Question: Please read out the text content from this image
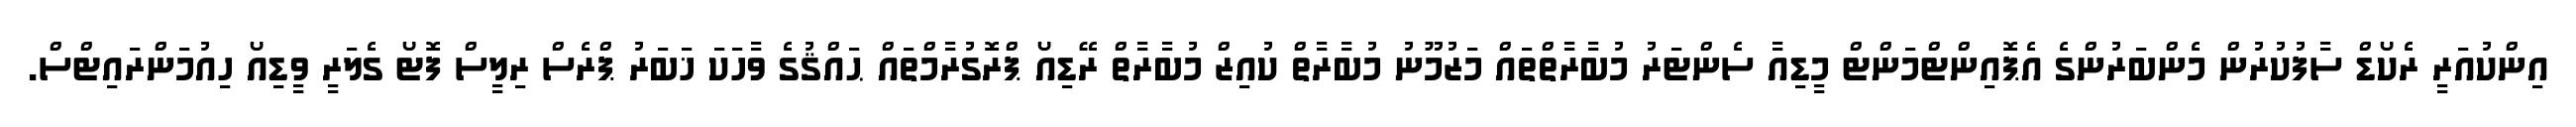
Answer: އިންކުއަރީ ރެކޯޑް ސާފުކުރުން މެންބަރުންގެ އެޕޮއިންޓްމަންޓް މީޑިއާ ސެންޓަރު މުބާރާތްތައް މަޒުމޫނު މުބާރާތް ކުއިޒް މުބާރާތް ރޭޑިއޯ ޕްރޮގުރާމްތައް ޙައްޤުގެ ވާހަކަ ޚަބަރު ޕްރެސް ރިލީސް ފޮޓޯ ގެލަރީ ވީޑިއޯ ހިއުމަންރައިޓްސް.